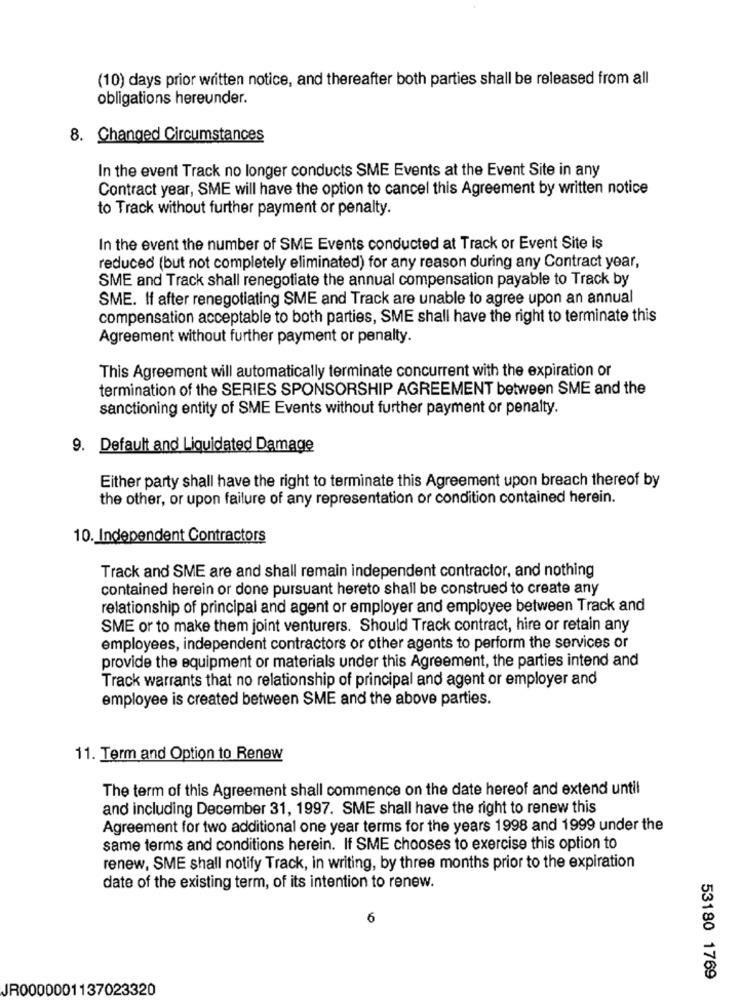
(10) days prior written notice, and thereafter both parties shall be released from all
obligations hereunder.
8. Changed Circumstances
In the event Track no longer conducts SME Events at the Event Site in any
Contract year, SME will have the option to cancel this Agreement by written notice
to Track without further payment or penalty.
In the event the number of SME Events conducted at Track or Event Site is
reduced (but not completely eliminated) for any reason during any Contract year,
SME and Track shall renegotiate the annual compensation payable to Track by
SME. If after renegotiating SME and Track are unable to agree upon an annual
compensation acceptable to both parties, SME shall have the right to terminate this
Agreement without further payment or penalty.
This Agreement will automatically terminate concurrent with the expiration or
termination of the SERIES SPONSORSHIP AGREEMENT between SME and the
sanctioning entity of SME Events without further payment or penalty.
9. Default and Liquidated Damage
Either party shall have the right to terminate this Agreement upon breach thereof by
the other, or upon failure of any representation or condition contained herein.
10. Independent Contractors
Track and SME are and shall remain independent contractor, and nothing
contained herein or done pursuant hereto shall be construed to create any
relationship of principal and agent or employer and employee between Track and
SME or to make them joint venturers. Should Track contract, hire or retain any
employees, independent contractors or other agents to perform the services or
provide the equipment or materials under this Agreement, the parties intend and
Track warrants that no relationship of principal and agent or employer and
employee is created between SME and the above parties.
11. Term and Option to Renew
The term of this Agreement shall commence on the date hereof and extend until
and including December 31, 1997. SME shall have the right to renew this
Agreement for two additional one year terms for the years 1998 and 1999 under the
same terms and conditions herein. If SME chooses to exercise this option to
renew, SME shall notify Track, in writing, by three months prior to the expiration
date of the existing term, of its intention to renew.
6
53180 1769
JR0000001137023320